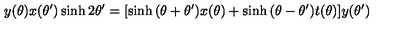
y ( \theta ) x ( \theta ^ { \prime } ) \sinh 2 \theta ^ { \prime } = [ \sinh { ( \theta + \theta ^ { \prime } ) } x ( \theta ) + \sinh { ( \theta - \theta ^ { \prime } ) } t ( \theta ) ] y ( \theta ^ { \prime } )